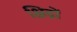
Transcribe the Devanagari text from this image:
क्षिद्रों